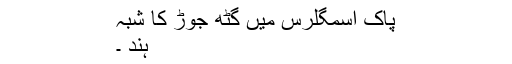
پاک اسمگلرس میں گٹھ جوڑ کا شبہ
ہند ۔